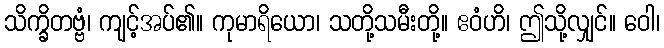
သိက္ခိတဗ္ဗံ၊ ကျင့်အပ်၏။ ကုမာရိယော၊ သတို့သမီးတို့။ ဧဝံဟိ၊ ဤသို့လျှင်။ ဝေါ၊